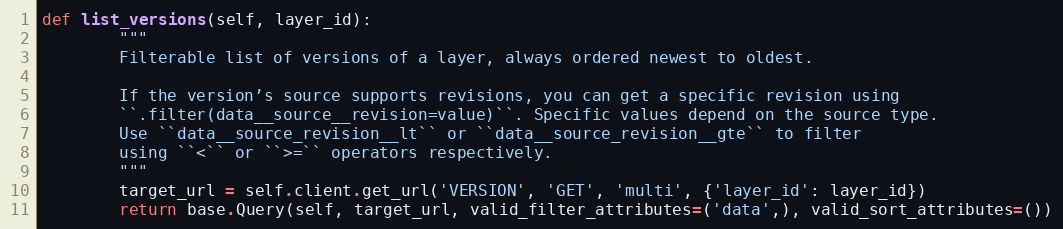
Language: Python
def list_versions(self, layer_id):
        """
        Filterable list of versions of a layer, always ordered newest to oldest.

        If the version’s source supports revisions, you can get a specific revision using
        ``.filter(data__source__revision=value)``. Specific values depend on the source type.
        Use ``data__source_revision__lt`` or ``data__source_revision__gte`` to filter
        using ``<`` or ``>=`` operators respectively.
        """
        target_url = self.client.get_url('VERSION', 'GET', 'multi', {'layer_id': layer_id})
        return base.Query(self, target_url, valid_filter_attributes=('data',), valid_sort_attributes=())